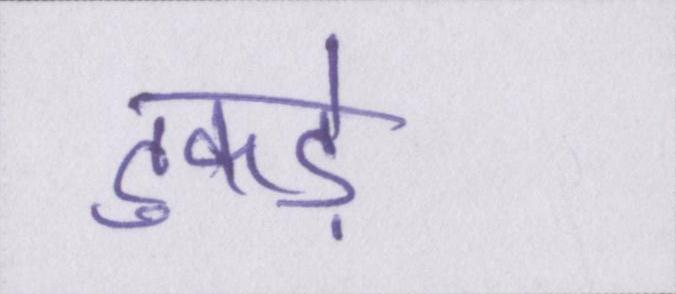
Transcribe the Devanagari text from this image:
टुकड़े